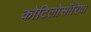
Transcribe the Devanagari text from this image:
कोटिलोसॉरिया